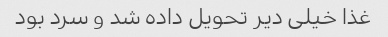
غذا خیلی دیر تحویل داده شد و سرد بود